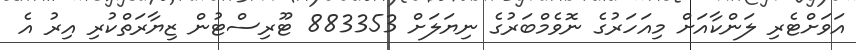
އަވަށްޓެރި ލަންކާއަށް މިއަހަރުގެ ނޮވެމްބަރުގެ ނިޔަލަށް 883353 ޓޫރިސްޓުން ޒިޔާރަތްކުރި އިރު އެ